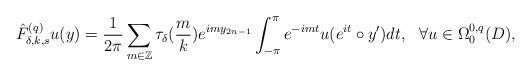
\begin{align*}\hat F^{(q)}_{\delta,k,s}u(y)=\frac{1}{2\pi}\sum_{m\in\mathbb Z}\tau_\delta(\frac{m}{k})e^{imy_{2n-1}}\int^{\pi}_{-\pi}e^{-imt}u(e^{it}\circ y')dt,\ \ \forall u\in\Omega^{0,q}_0(D),\end{align*}